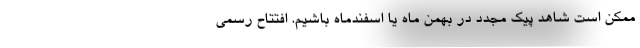
ممکن است شاهد پیک مجدد در بهمن ماه یا اسفندماه باشیم. افتتاح رسمی